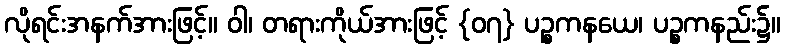
လိုရင်းအနက်အားဖြင့်။ ဝါ၊ တရားကိုယ်အားဖြင့် {၀၇} ပဉ္စကနယေ၊ ပဉ္စကနည်း၌။